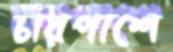
চারপাশে